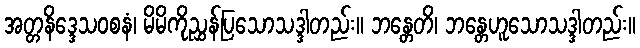
အတ္တနိဒ္ဒေသဝစနံ၊ မိမိကိုညွှန်ပြသောသဒ္ဒါတည်း။ ဘန္တေတိ၊ ဘန္တေဟူသောသဒ္ဒါတည်း။